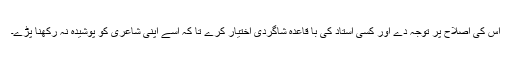
اس کی اصلاح پر توجہ دے اور کسی استاد کی با قاعدہ شاگردی اختیار کرے تا کہ اسے اپنی شاعری کو پوشیدہ نہ رکھنا پڑے۔